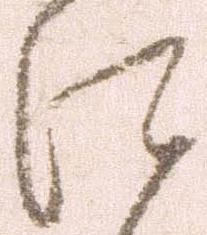
江